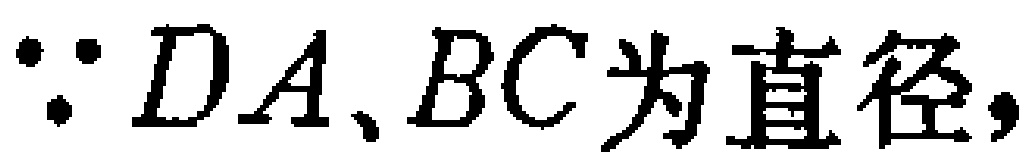
$\because DA、BC\text{为直径},$